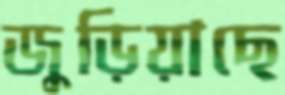
জুড়িয়াছে